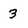
Character: 3